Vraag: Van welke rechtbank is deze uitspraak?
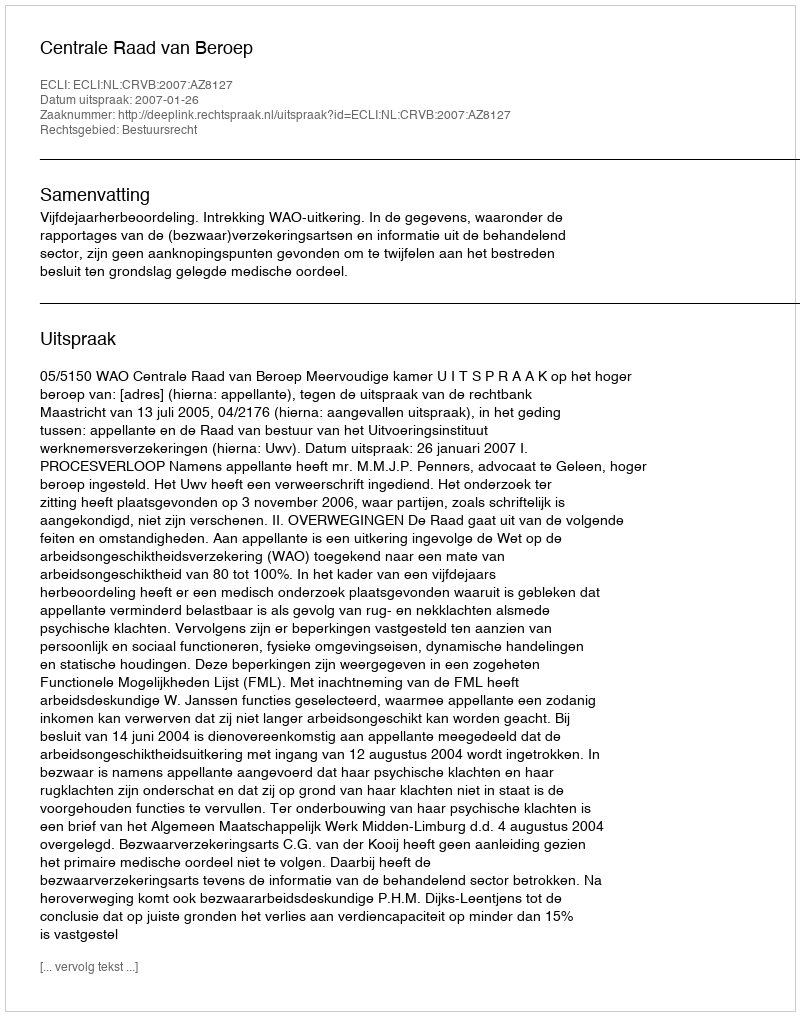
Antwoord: Centrale Raad van Beroep